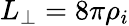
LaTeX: L_{\perp}=8\pi\rho_{i}